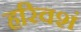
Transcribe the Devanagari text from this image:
हरिवशं